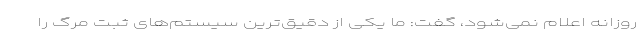
روزانه اعلام نمی‌شود، گفت: ما یکی از دقیق‌ترین سیستم‌های ثبت مرگ را